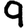
Digit: 9